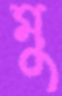
মু